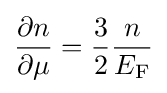
{\frac {\partial n}{\partial \mu }}={\frac {3}{2}}{\frac {n}{E_{\rm {F}}}}